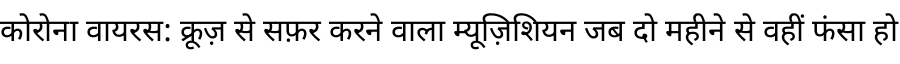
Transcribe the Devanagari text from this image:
कोरोना वायरस: क्रूज़ से सफ़र करने वाला म्यूज़िशियन जब दो महीने से वहीं फंसा हो